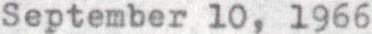
September 10, 1966